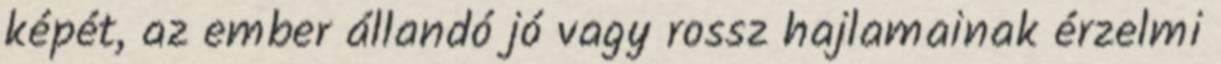
képét, az ember állandó jó vagy rossz hajlamainak érzelmi